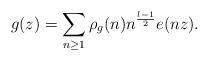
LaTeX: \begin{align*} g(z) = \sum_{n \ge 1}\rho_{g}(n)n^{\frac{\l-1}{2}}e(nz). \end{align*}